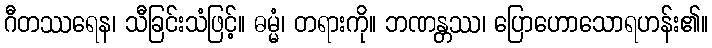
ဂီတဿရေန၊ သီခြင်းသံဖြင့်။ ဓမ္မံ၊ တရားကို။ ဘဏန္တဿ၊ ပြောဟောသောရဟန်း၏။